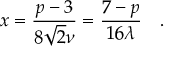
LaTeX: x = \frac { p - 3 } { 8 \sqrt { 2 } \nu } = \frac { 7 - p } { 1 6 \lambda } \quad .